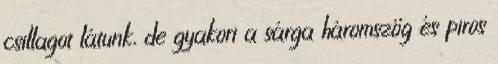
csillagot látunk, de gyakori a sárga háromszög és piros